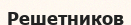
Решетников